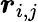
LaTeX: \boldsymbol r_{i,j}